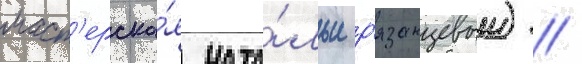
маст'ерска́я ната́льи р'язанцевои) //